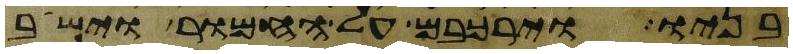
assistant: בניו וירכבם על החמור וישב